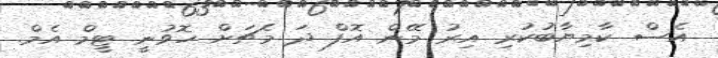
އެސް ކާމިޔާބުކުރި އިރު މޭން އޮފް ދަ މެޗަށް ހޮވުނީ ޓީމް އެމް.